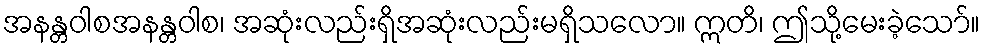
အနန္တဝါစအနန္တဝါစ၊ အဆုံးလည်းရှိအဆုံးလည်းမရှိသလော။ ဣတိ၊ ဤသို့မေးခဲ့သော်။